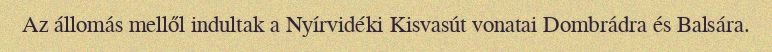
Az állomás mellől indultak a Nyírvidéki Kisvasút vonatai Dombrádra és Balsára.